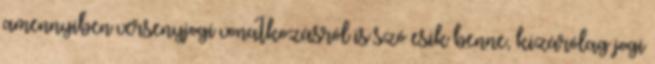
amennyiben versenyjogi vonatkozásról is szó esik benne, kizárólag jogi